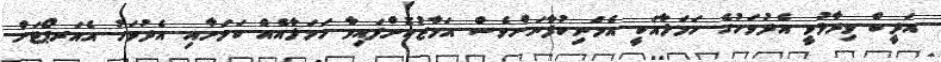
އަދީބް ވިދާޅުވީ އެދުވަހުގެ ހަމަލާއަކީ އެމަނިކުފާނަށްވެސް އަމާޒުކޮށްފައިވާ ހަމަލާއެއް ކަމަށާއި އެދުވަހު އެއަރޕޯޓަށް